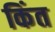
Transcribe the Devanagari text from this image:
किंत